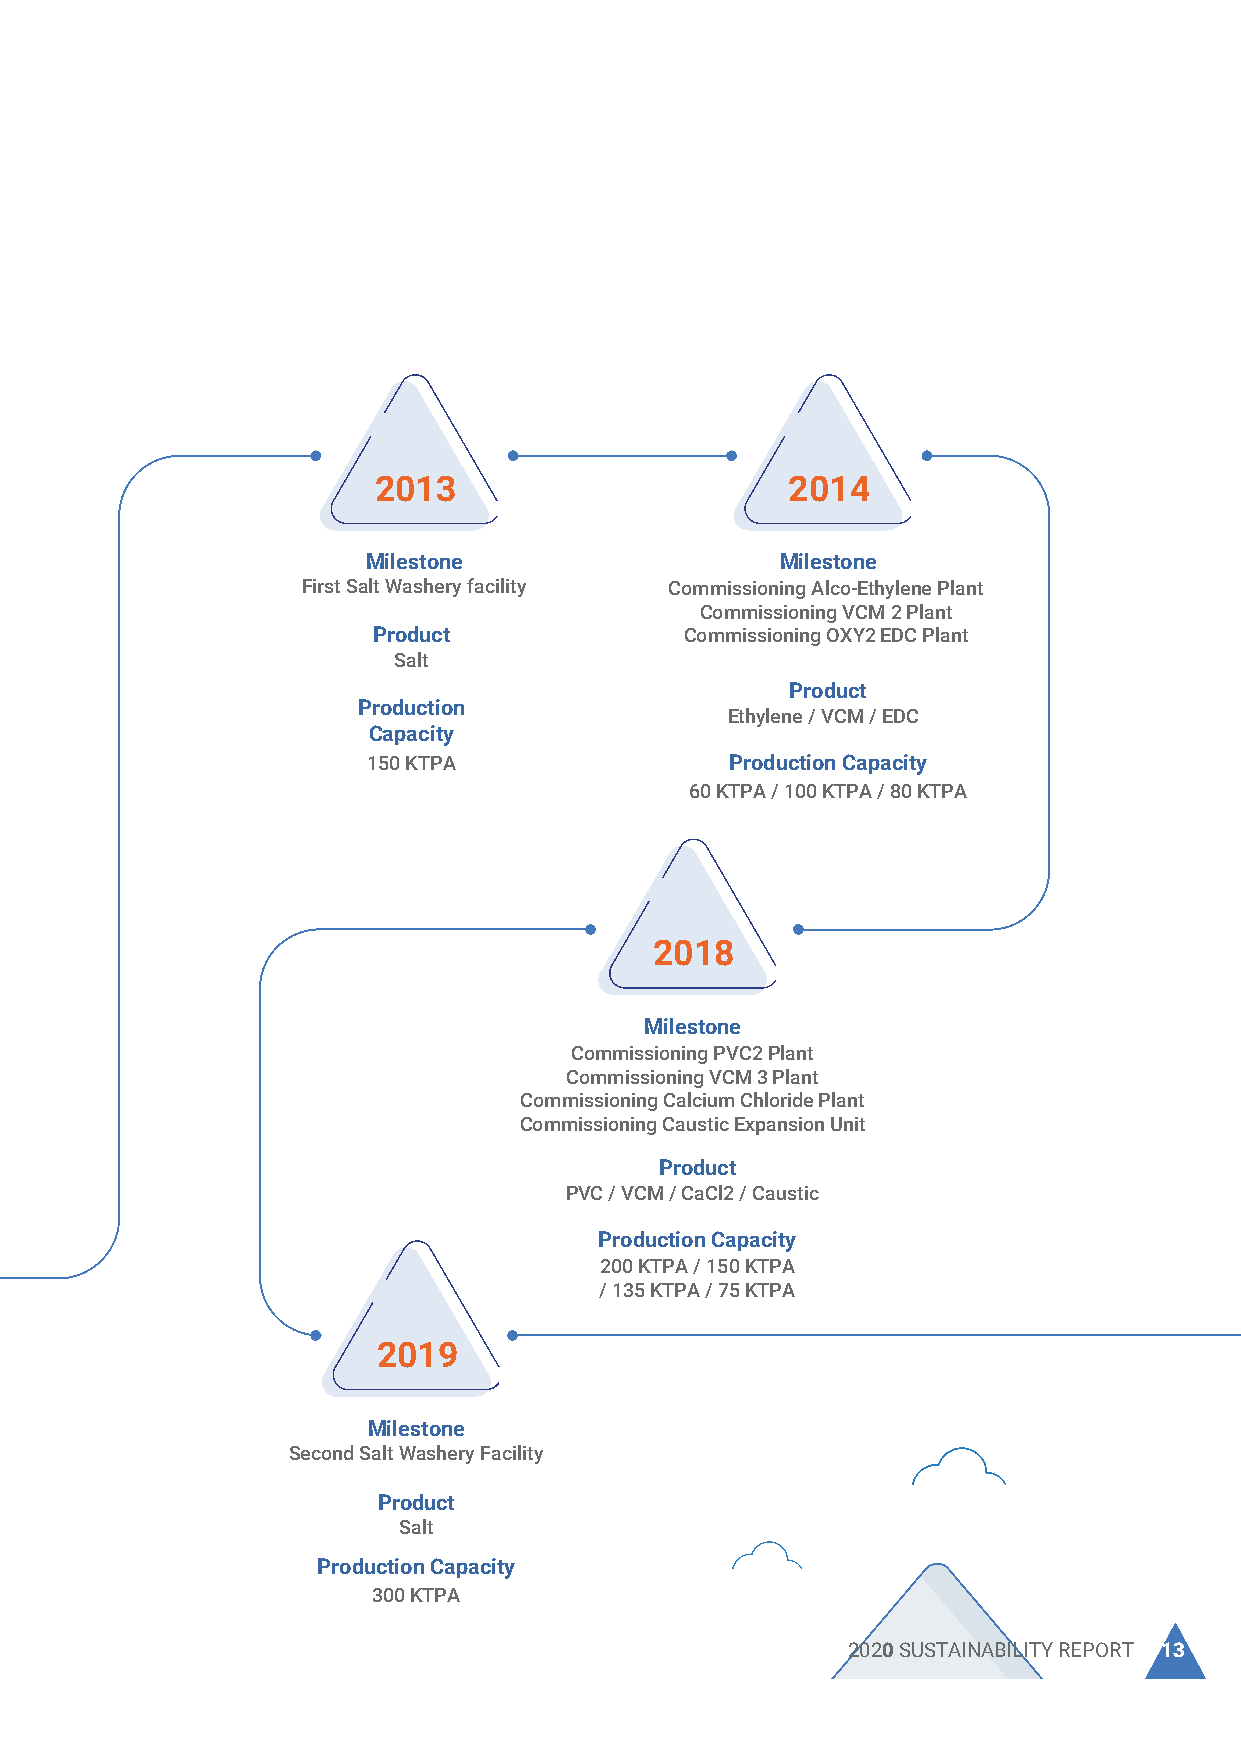
Our Journey
 2007 2008                2013                       2014
 Milestone Milestone     Milestone                   Milestone
 Trust Chemical Industries was Caustic capacity expanded from 200 KTPA First Salt Washery facility Commissioning Alco-Ethylene Plant
 acquired by The Sanmar Group to 275 KTPA, but commissioned in 2018 Commissioning VCM 2 Plant
 Product             Commissioning OXY2 EDC Plant
 Product Product           Salt
 Caustic Soda Caustic Soda                           Product
 Production
 Ethylene / VCM / EDC
 Production Production   Capacity
 Capacity Capacity       150 KTPA                Production Capacity
 200 KTPA 200 KTPA                             60 KTPA / 100 KTPA / 80 KTPA
 2009
 2018
 Milestone
 Establishing DC EDC unit
 Milestone
 Product
 Commissioning PVC2 Plant
 EDC
 Commissioning VCM 3 Plant
 Commissioning Calcium Chloride Plant
 Production
 Commissioning Caustic Expansion Unit
 Capacity
 280 KTPA                                    Product
 PVC / VCM / CaCl2 / Caustic
 Production Capacity
 200 KTPA / 150 KTPA
 / 135 KTPA / 75 KTPA
 2011
 2019
 Milestone
 Commissioning PVC1 Plant
 Commissioning VCM 1 Plant Milestone
 Establishing OXY1 EDC Plant Second Salt Washery Facility
 Product                  Product
 PVC / VCM / EDC           Salt
 Production Capacity
 Production Capacity
 300 KTPA
 200 KTPA / 150 KTPA / 120 KTPA
 12 TCI SANMAR CHEMICALS S.A.E                           2020SUSTAINABILITY REPORT 13